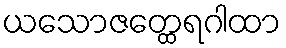
ယသောဇတ္ထေရဂါထာ